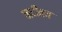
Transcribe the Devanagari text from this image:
नदीतच